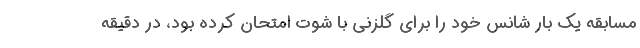
مسابقه یک بار شانس خود را برای گلزنی با شوت امتحان کرده بود، در دقیقه